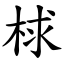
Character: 梂